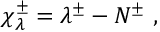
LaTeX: { \chi } _ { \lambda } ^ { \pm } = \lambda ^ { \pm } - N ^ { \pm } ~ ,